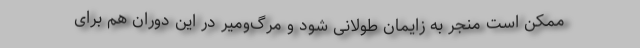
ممکن است منجر به زایمان طولانی شود و مرگ‌ومیر در این دوران هم برای